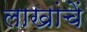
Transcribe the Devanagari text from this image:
लाखांचें